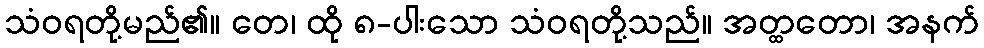
သံဝရတို့မည်၏။ တေ၊ ထို ၈-ပါးသော သံဝရတို့သည်။ အတ္ထတော၊ အနက်